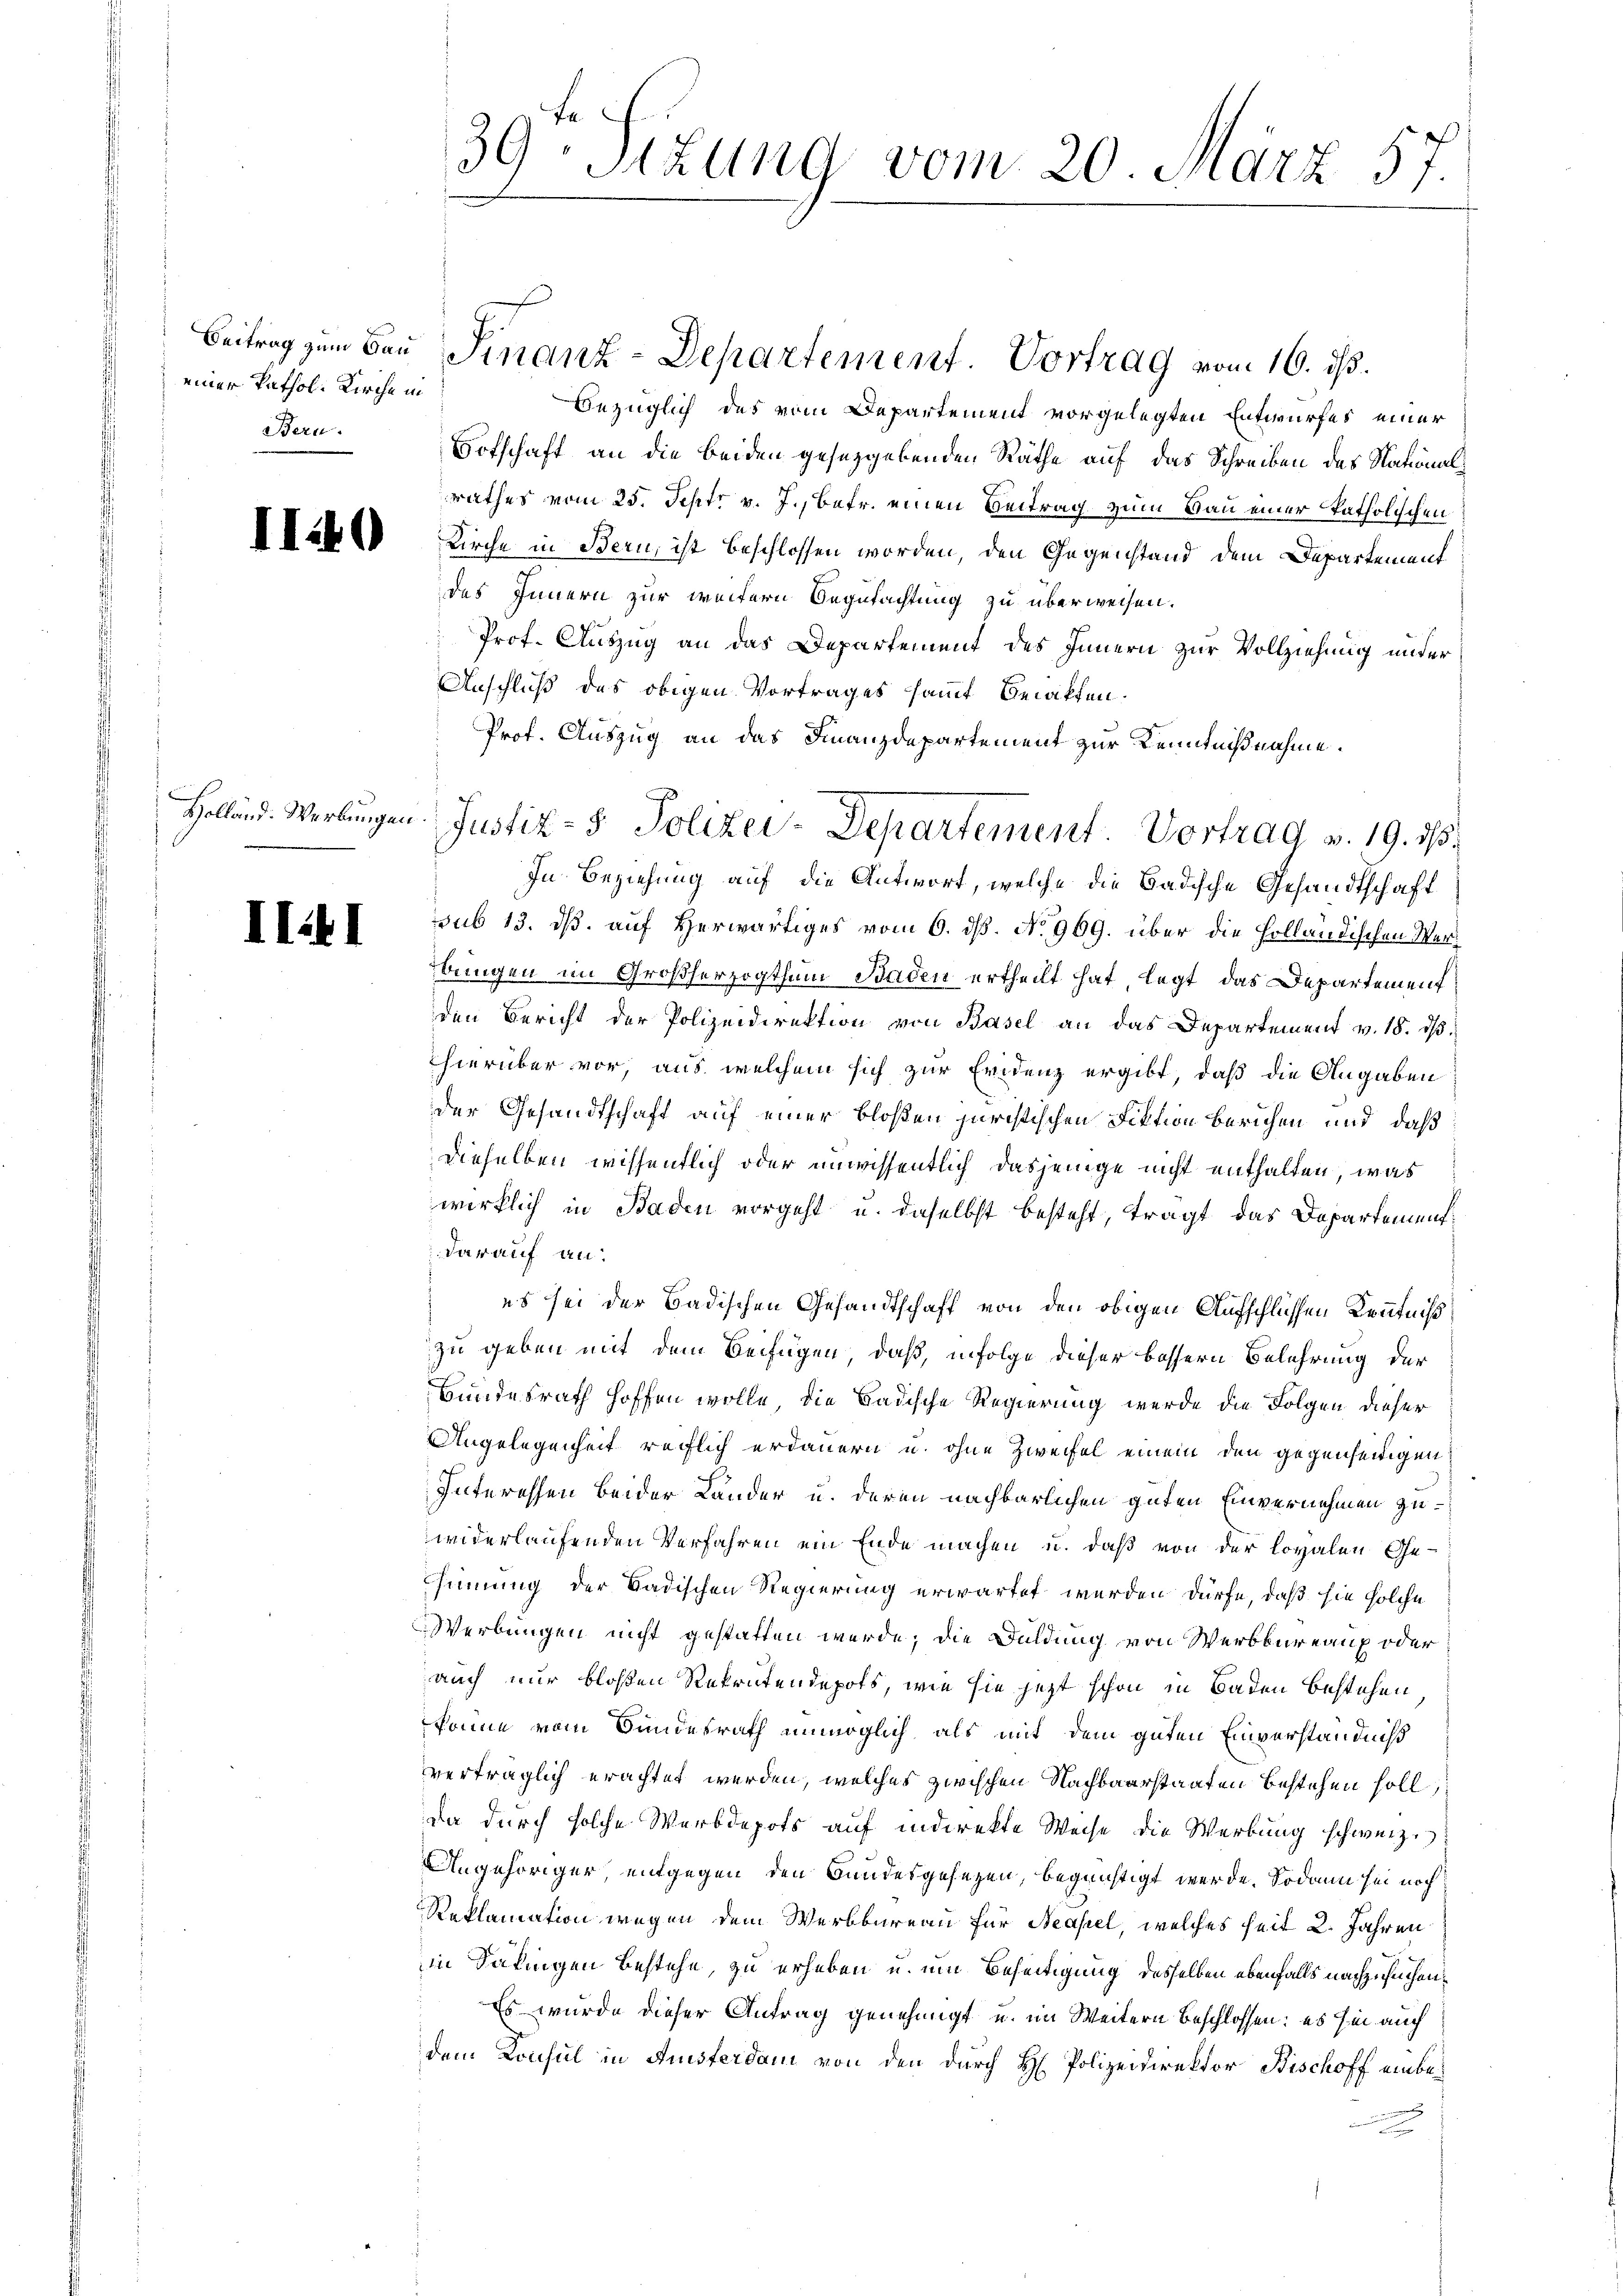
einer Pathol. Kirche in
Bern.

II40

Holländ. Werbungen

III

39ten Sizung vom 20. März 57.

bezüglich des vom Departement vorgelegten Entwurfes einer
Botschaft an die beiden gesetzgebenden Räthe auf das Schreiben des Nationalrathes vom 25. Sept. v. J., betr. einen Beitrag zum Bau einer katholischen
Kirche in Bern, ist beschlossen worden, den Gegenstand dem Departement
des Innern zur weitern Begutachtung zu überweisen.
Prof. Auszug an das Departement des Innern zur Vollziehung ander
Anschluß des obigen Vortrages sammt Berakten.
Prof. Auszug an das Finanzdepartement zur Kenntnißnahme.
In Beziehung auf die Antwort, welche die Badische Gesandtschaft
sub 13. ds. auf Herwärtiges vom 6. ds. No 969. über die Holländischen Werbungen im Großherzogthum Baden ertheilt hat legt das Departement
den Bericht der Polizeidirektion von Basel an das Departement v. 18. dβ.
hierüber vor, aus, welchem sich zur Evidenz ergibt, daß die Angaben
der Gesandtschaft auf einer bloßen juristischen Fiktion berichen und daß
dieselben wissentlich oder unwissentlich dasjenige nicht enthalten, was
wirklich in Baden vorgeht u. daselbst besteht, tragt das Departementdarauf an:
es sei der Badischen Gesandtschaft von den obigen Aufschlüssen Kenntniß
zu geben mit dem Beifügen, daß, in Folge dieser bessern Belehrung der
Bundesrath hoffen wolle, die Badische Regierung werde die Folgen dieser
Angelegenheit reiflich erdauern u. ohne Zweifel einem den gegenseitigen
Interessen beider Lander u. deren nachbarlichen guten Einvernehmen zuwiderlaufenden Verfahren ein Ende machen u. daß von der loyalen Ge-
sinnung der Badischen Regierung erwartet werden dürfe, daß sie solche
Werbungen nicht gestatten werde; die Duldung von Werkbureaux oder
auch nur bloßen Rekrutendepots, wie sie jetzt schon in Baden bestehen
könne vom Bundesrath unmöglich als mit dem guten Einverständniß
verträglich erachtet werden, welches zwischen Nachbaurstaaten bestehen soll.
da durch solche Werbdepots auf indirekte Weise die Werbung schweiz.
Angehöriger, entgegen den Bundesgesezen, begrichtigt werde. Sodann sei noch
Reklamation wegen dem Werbbureau für Neapel, welches seit 2. Jahren
in Salingen Bestehe, zu erheben u. um Beseitigung desselben ebenfalls nachzusuchen,
Es wurde dieser Antrag genehmigt u. im Weitern beschlossen: es sei auch
dem Konsul in Amsterdam von den durch H. Polizeidirektor Bischoff einben

Beitrag zum Bau Finanz-Departement. Vortrag vom 16. ds.

Justiz- & Polizei-Departement Vortrag v. 19. 118.